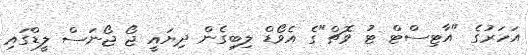
އަހަރުގެ "އާޓިސްޓް ޓު ވޮޗް"ގެ އެވޯޑް ލިބިގެން ދިޔައީ ޖޯ ޖޯނަސް ލީޑްގައި